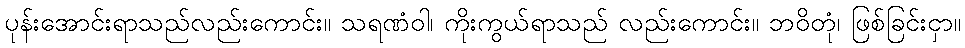
ပုန်းအောင်းရာသည်လည်းကောင်း။ သရဏံဝါ၊ ကိုးကွယ်ရာသည် လည်းကောင်း။ ဘဝိတုံ၊ ဖြစ်ခြင်းငှာ။